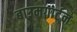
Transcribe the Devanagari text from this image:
बाउमगार्टन